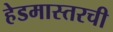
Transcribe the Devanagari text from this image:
हेडमास्तरची